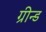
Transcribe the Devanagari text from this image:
ग्रीन्ड